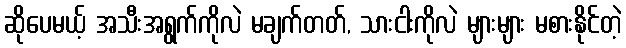
ဆိုပေမယ့် အသီးအရွက်ကိုလဲ မချက်တတ်, သားငါးကိုလဲ များများ မစားနိုင်တဲ့